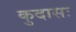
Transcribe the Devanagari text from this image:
कुदासः